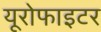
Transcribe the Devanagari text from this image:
यूरोफाइटर